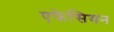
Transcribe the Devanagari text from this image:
एफेसियन